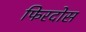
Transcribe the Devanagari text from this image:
फिरदोस